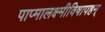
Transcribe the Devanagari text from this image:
पाप्मालक्ष्मीविषापहम्